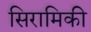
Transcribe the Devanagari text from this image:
सिरामिकी